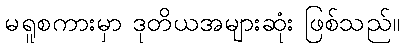
မရူစကားမှာ ဒုတိယအများဆုံး ဖြစ်သည်။